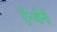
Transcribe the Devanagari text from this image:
ऐन्थोनी